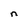
Character: n